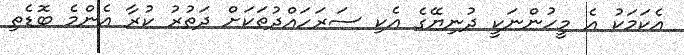
އެކަމަކު އެ މީހުންނަކީ ދުނިޔޭގެ އެކި ސަރަހައްދުތަކަށް ދަތުރު ކުރާ އެންމެ ބޮޑެތި